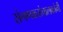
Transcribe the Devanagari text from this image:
संगणकसंचालकांनी